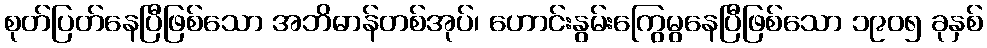
စုတ်ပြတ်နေပြီဖြစ်သော အဘိဓာန်တစ်အုပ်၊ ဟောင်းနွမ်းကြွေမွနေပြီဖြစ်သော ၁၉၀၅ ခုနှစ်